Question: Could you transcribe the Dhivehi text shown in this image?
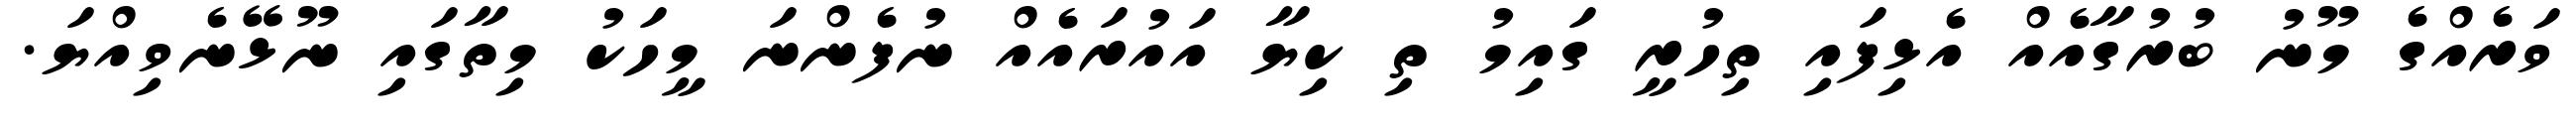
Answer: ވަރެއްގެ މޫނު ބުރުގާއެއް އެޅިފައި ތިހުރީ ގައިމު ތި ކިޔާ އައުރައެއް ނުފެންނަ މީހަކު މިތާގައި ނޫޅޭނެވިއްޔަ.